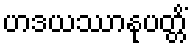
ဟဒယဿာနုပတ္တိံ